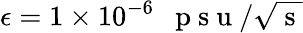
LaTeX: \epsilon=1\times 10^{-6}\mathrm{~~~p~s~u~}/\sqrt{\mathrm{~s~}}